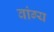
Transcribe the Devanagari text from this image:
वांग्य